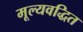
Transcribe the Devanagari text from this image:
मूल्यवद्धित